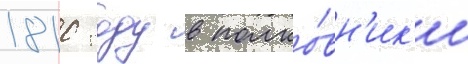
1810 году в полко́вн'ик'и